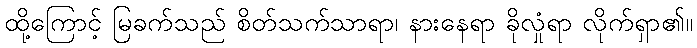
ထို့ကြောင့် မြခက်သည် စိတ်သက်သာရာ၊ နားနေရာ ခိုလှုံရာ လိုက်ရှာ၏။